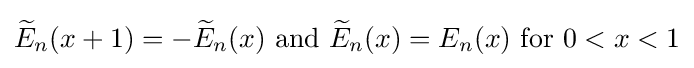
\displaystyle {\widetilde {E}}_{n}(x+1)=-{\widetilde {E}}_{n}(x){\text{ and }}{\widetilde {E}}_{n}(x)=E_{n}(x){\text{ for }}0<x<1